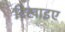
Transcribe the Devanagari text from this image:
दिखाइए